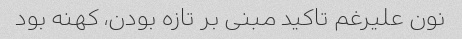
نون علیرغم تاکید مبنی بر تازه بودن، کهنه بود